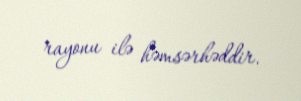
rayonu ilə həmsərhəddir.